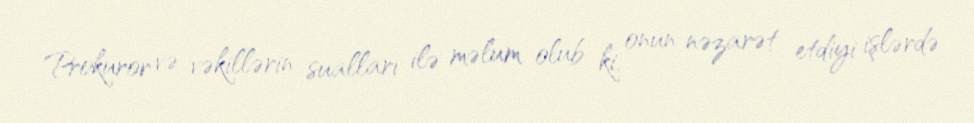
Prokuror və vəkillərin sualları ilə məlum olub ki, onun nəzarət etdiyi işlərdə